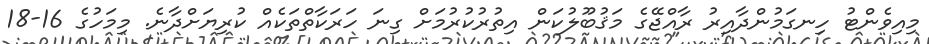
މިއިވެންޓު ހިނގަމުންދާއިރު ރާއްޖޭގެ މަޤުބޫލުކަން އިތުރުކުރުމަށް ގިނަ ހަރަކާތްތަކެއް ކުރިޔަށްދާނެ. މިމަހުގެ 16-18